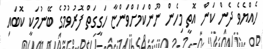
ހެއްޔެވެ ދެން ކަން އޮތީ މިހެން ނޫންކަމަށްވަންޏާ ހަގީގަތް ފޮރުވުމުގެ ބޭނުމަކީ ކޮބައި